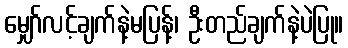
မျှော်လင့်ချက်နဲ့မပြန့်၊ ဦးတည်ချက်နဲ့ပဲပြု။